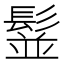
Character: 䰃